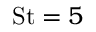
\mathrm { S t } = 5